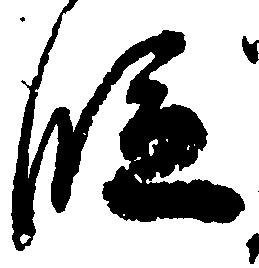
段